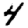
Digit: 4